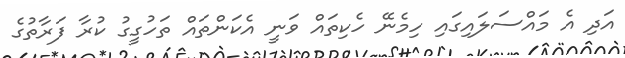
އަދި އެ މައްސަލައިގައި ހިމެނޭ ހެކިތައް ވަނީ އެކަންތައް ތަހުގީގު ކުރާ ފަރާތުގެ